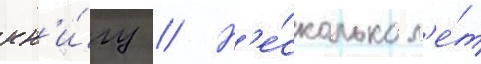
кн'и́гу // Н'е́сколько л'е́т